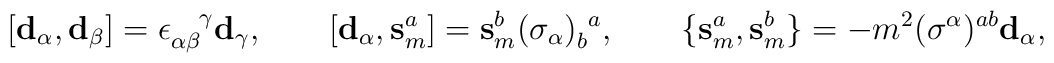
[ \mathbf{d}_\alpha, \mathbf{d}_\beta ] = \epsilon_{\alpha\beta}^{~~~\!\gamma} \mathbf{d}_\gamma, \qquad[ \mathbf{d}_\alpha, \mathbf{s}_m^a ] = \mathbf{s}_m^b (\sigma_\alpha)_b^{~a},\qquad\{ \mathbf{s}_m^a, \mathbf{s}_m^b \} = - m^2 (\sigma^\alpha)^{ab} \mathbf{d}_\alpha,